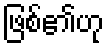
ဖြစ်၏ဟု